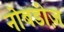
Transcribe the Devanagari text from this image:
नोबडीज़